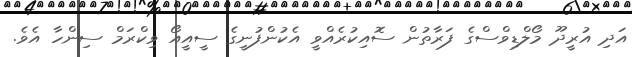
އަދި އުރީދޫ މޯލްޑިވްސްގެ ފަރާތުން ސޮއިކުރެއްވީ އެކުންފުނީގެ ސީއީއޯ ވިކްރަމް ސިންހާ އެވެ.